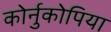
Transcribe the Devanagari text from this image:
कोर्नुकोपिया